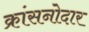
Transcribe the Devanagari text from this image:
क्रांसनोदार